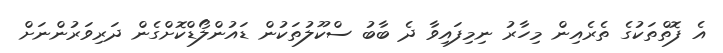
އެ ފޮތްތަކުގެ ތެރެއިން މިހާރު ނިމިފައިވާ ދެ ބާބު ސްކޫލުތަކުން ޑައުންލޯޑްކޮށްގެން ދަރިވަރުންނަށް